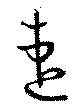
速